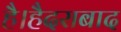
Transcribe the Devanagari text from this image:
है।हैदराबाद